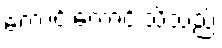
ကောင်းကောင်းသိသည်